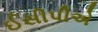
ઈસીપીએ